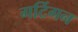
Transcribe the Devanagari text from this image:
गर्टिगन